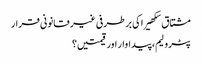
مشتاق سکھیرا کی برطرفی غیر قانونی قرار
پٹرولیم، پیداوار اور قیمتیں؟